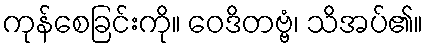
ကုန်စေခြင်းကို။ ဝေဒိတဗ္ဗံ၊ သိအပ်၏။